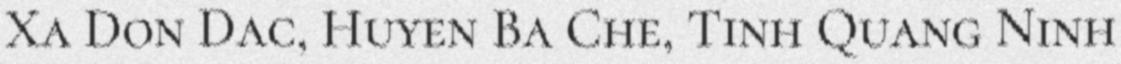
Xa Don Dac, Huyen Ba Che, Tinh Quang Ninh